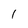
Character: 1